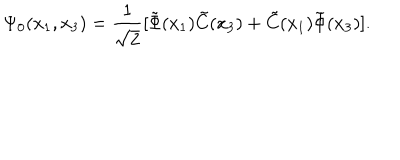
\Psi _ { 0 } ( x _ { 1 } , x _ { 3 } ) = \frac { 1 } { \sqrt { 2 } } [ \tilde { \Phi } ( x _ { 1 } ) \tilde { C } ( x _ { 3 } ) + \tilde { C } ( x _ { 1 } ) \tilde { \Phi } ( x _ { 3 } ) ] .